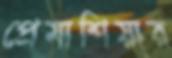
প্রেমাশিয়ার